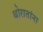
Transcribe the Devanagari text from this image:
थोरातांना